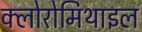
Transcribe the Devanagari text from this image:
क्लोरोमिथाइल